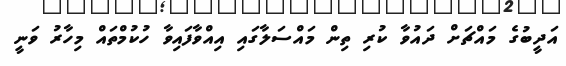
އަދީބުގެ މައްޗަށް ދައުވާ ކުރި ތިން މައްސަލާގައި އިއްވާފައިވާ ހުކުމްތައް މިހާރު ވަނީ